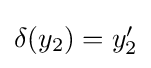
{\textstyle \delta (y_{2})=y_{2}^{\prime }}